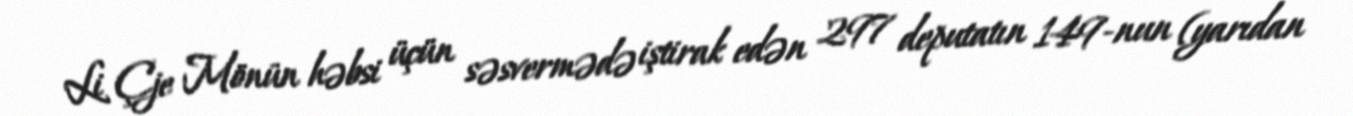
Li Çje Mönün həbsi üçün səsvermədə iştirak edən 297 deputatın 149-nun (yarıdan